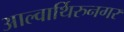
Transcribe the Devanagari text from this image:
आल्वार्थिरुनगर